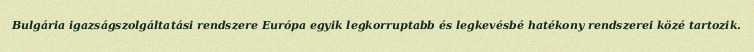
Bulgária igazságszolgáltatási rendszere Európa egyik legkorruptabb és legkevésbé hatékony rendszerei közé tartozik.